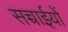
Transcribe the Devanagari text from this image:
सच्चाईयों